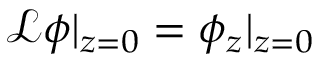
\mathscr { L } \phi | _ { z = 0 } = \phi _ { z } | _ { z = 0 }